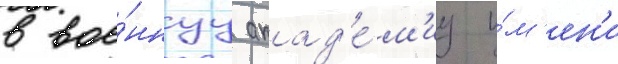
в вое́ннуу акад'е́м'иу и́м'ен'и